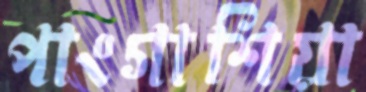
পাংগাশিয়া